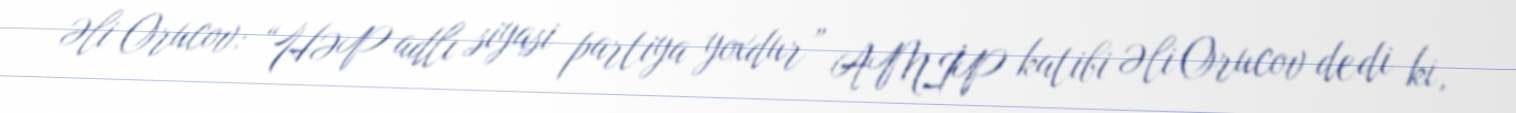
Əli Orucov: “HƏP adlı siyasi partiya yoxdur” AMİP katibi Əli Orucov dedi ki,